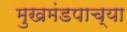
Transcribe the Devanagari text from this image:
मुखमंडपाच्या